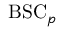
{ \mathrm { B S C } } _ { p }